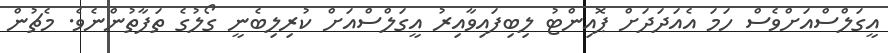
އީގަލްސްއަށްވެސް ހަމަ އެއަދަދަށް ޕޮއިންޓު ލިބިފައިވާއިރު އީގަލްސްއަށް ކުރިލިބެނީ ގޯލުގެ ތަފާތުންނެވެ. މެޗުން